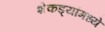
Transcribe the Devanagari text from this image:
शेकड्यांमध्ये